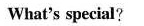
What's special?